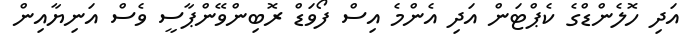
އަދި ހޮލެންޑްގެ ކެޕްޓަން އަދި އެންމެ އިސް ފޯވަޑް ރޮބިންވޭންޕާސީ ވެސް އަނިޔާއިން